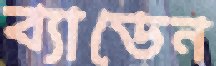
ব্যাডেন